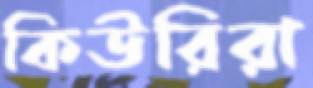
কিউরিরা